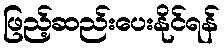
ဖြည့်ဆည်းပေးနိုင်ရန်